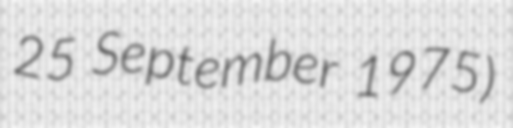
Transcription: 25 September 1975)